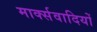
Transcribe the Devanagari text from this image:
मार्क्सवादियों